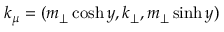
k _ { \mu } = ( m _ { \perp } \cosh y , k _ { \perp } , m _ { \perp } \sinh y )